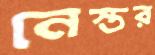
নেস্তর